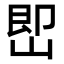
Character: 𡷦